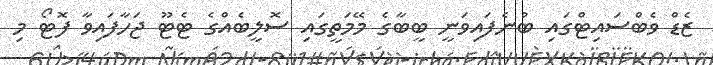
ޒެޑް ވެބްސައިޓްގައި ބުނެފައިވަނީ ބީބާގެ މޭމަތީގައި ސޮލީބެއްގެ ޓެޓޫ ޖަހާފައިވާ ފޮޓޯ މި